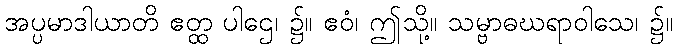
အပ္ပမာဒါယာတိ ဧတ္ထ ပါဌေ၊ ၌။ ဧဝံ၊ ဤသို့။ သမ္ဗာဓဃရာဝါသေ၊ ၌။